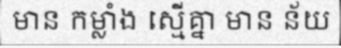
មាន កម្លាំង ស្មើគ្នា មាន ន័យ